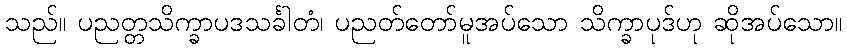
သည်။ ပညတ္တသိက္ခာပဒသင်္ခါတံ၊ ပညတ်တော်မူအပ်သော သိက္ခာပုဒ်ဟု ဆိုအပ်သော။